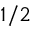
^ { 1 / 2 }